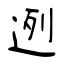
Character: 迾